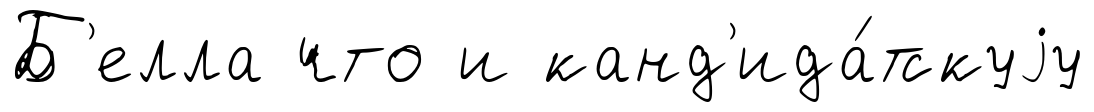
Б'елла что и канд'ида́тскуjу